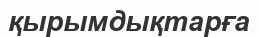
қырымдықтарға